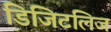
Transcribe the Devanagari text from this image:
डिजिटलिज